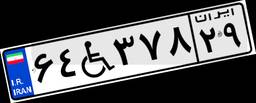
۶۴W۳۷۸۲۹